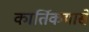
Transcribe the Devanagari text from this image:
कार्तिकमासे